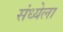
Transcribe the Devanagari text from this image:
संध्येला